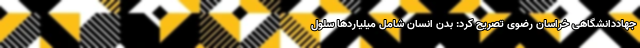
جهاددانشگاهی خراسان رضوی تصریح کرد: بدن انسان شامل میلیاردها سلول